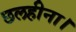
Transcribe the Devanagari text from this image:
छलहीना।